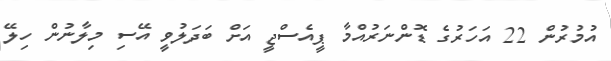
އުމުރުން 22 އަހަރުގެ ޑޮންނަރުއްމާ ޕީއެސްޖީ އަށް ބަދަލުވީ އޭސި މިލާނުން ހިލޭ